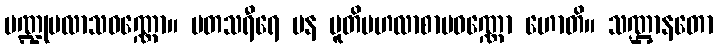
ပဏ္ဍုပလာသဝဏ္ဏော။ မတသရီရေ ပန ပူတိဗဟလာစာမဝဏ္ဏော ဟောတိ။ သဏ္ဌာနတော